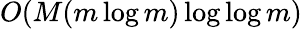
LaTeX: O(M(m\log m)\log\log m)